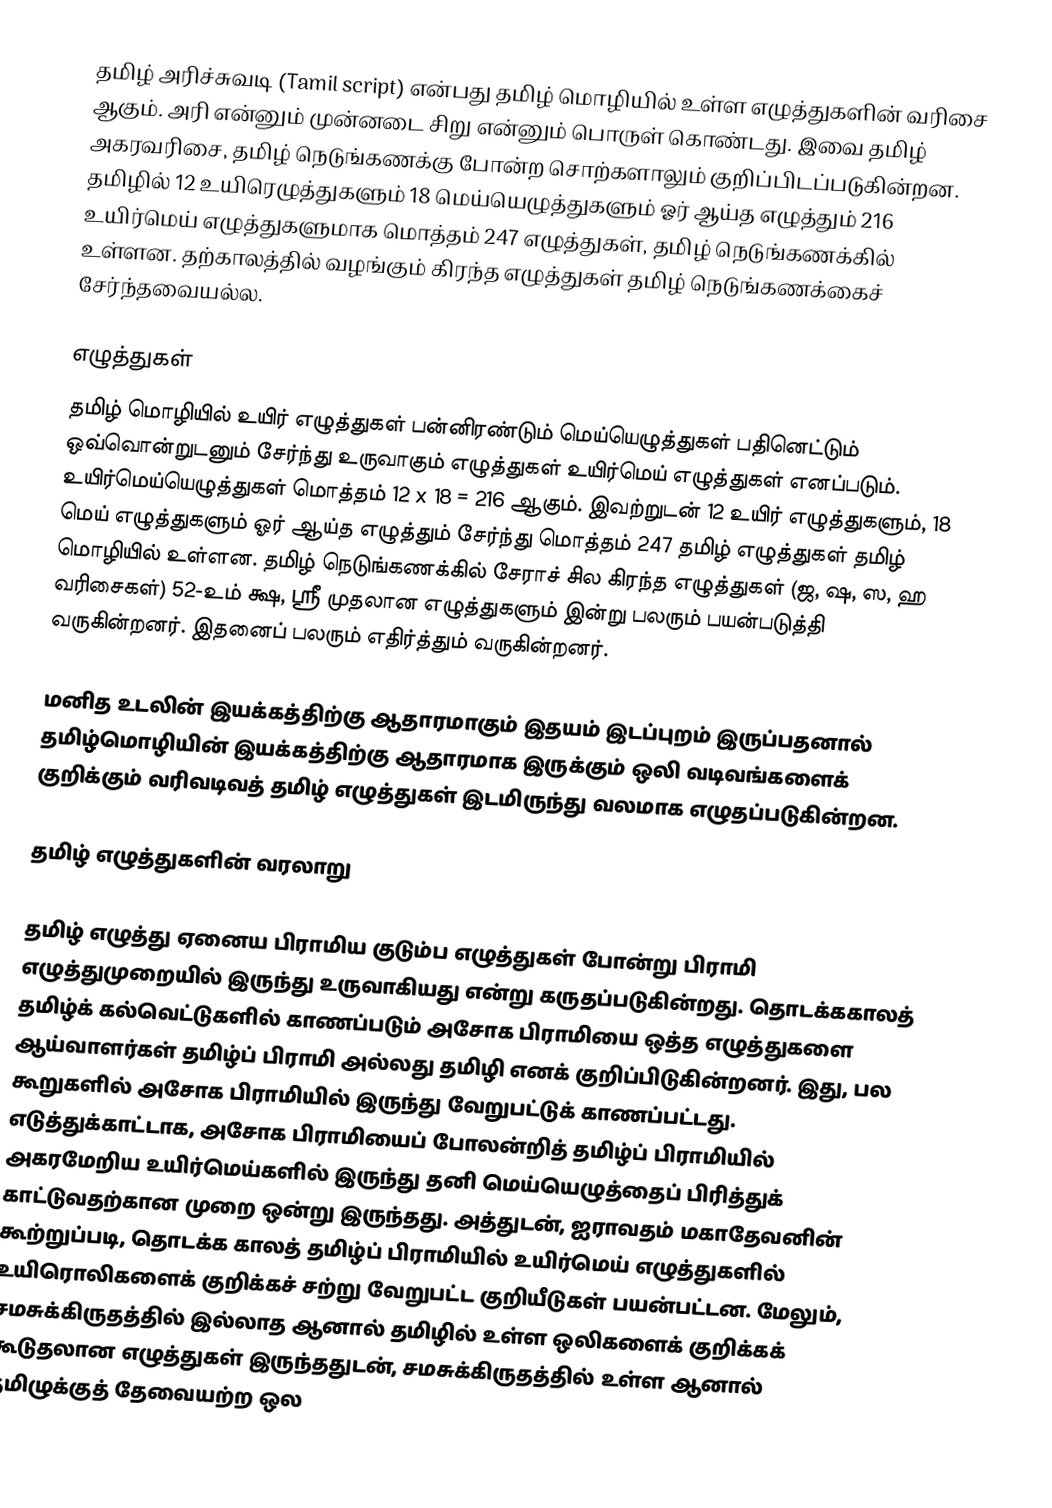
தமிழ் அரிச்சுவடி (Tamil script) என்பது தமிழ் மொழியில் உள்ள எழுத்துகளின் வரிசை ஆகும். அரி என்னும் முன்னடை சிறு என்னும் பொருள் கொண்டது. இவை தமிழ் அகரவரிசை, தமிழ் நெடுங்கணக்கு போன்ற சொற்களாலும் குறிப்பிடப்படுகின்றன. தமிழில் 12 உயிரெழுத்துகளும்  18 மெய்யெழுத்துகளும் ஓர் ஆய்த எழுத்தும் 216 உயிர்மெய் எழுத்துகளுமாக மொத்தம் 247 எழுத்துகள், தமிழ் நெடுங்கணக்கில் உள்ளன. தற்காலத்தில் வழங்கும் கிரந்த எழுத்துகள் தமிழ் நெடுங்கணக்கைச் சேர்ந்தவையல்ல.

எழுத்துகள்
தமிழ் மொழியில் உயிர் எழுத்துகள் பன்னிரண்டும் மெய்யெழுத்துகள் பதினெட்டும் ஒவ்வொன்றுடனும் சேர்ந்து உருவாகும் எழுத்துகள் உயிர்மெய் எழுத்துகள் எனப்படும். உயிர்மெய்யெழுத்துகள் மொத்தம் 12 x 18 = 216 ஆகும். இவற்றுடன் 12 உயிர் எழுத்துகளும், 18 மெய் எழுத்துகளும் ஓர் ஆய்த எழுத்தும் சேர்ந்து மொத்தம் 247 தமிழ் எழுத்துகள் தமிழ் மொழியில் உள்ளன. தமிழ் நெடுங்கணக்கில் சேராச் சில கிரந்த எழுத்துகள் (ஜ, ஷ, ஸ, ஹ வரிசைகள்) 52-உம் க்ஷ, ஸ்ரீ முதலான எழுத்துகளும் இன்று பலரும் பயன்படுத்தி வருகின்றனர். இதனைப் பலரும் எதிர்த்தும் வருகின்றனர்.

மனித உடலின் இயக்கத்திற்கு ஆதாரமாகும் இதயம் இடப்புறம் இருப்பதனால் தமிழ்மொழியின் இயக்கத்திற்கு ஆதாரமாக இருக்கும் ஒலி வடிவங்களைக் குறிக்கும் வரிவடிவத் தமிழ் எழுத்துகள் இடமிருந்து வலமாக எழுதப்படுகின்றன.

தமிழ் எழுத்துகளின் வரலாறு

தமிழ் எழுத்து ஏனைய பிராமிய குடும்ப எழுத்துகள் போன்று பிராமி எழுத்துமுறையில் இருந்து உருவாகியது என்று கருதப்படுகின்றது. தொடக்ககாலத் தமிழ்க் கல்வெட்டுகளில் காணப்படும் அசோக பிராமியை ஒத்த எழுத்துகளை ஆய்வாளர்கள் தமிழ்ப் பிராமி அல்லது தமிழி எனக் குறிப்பிடுகின்றனர். இது, பல கூறுகளில் அசோக பிராமியில் இருந்து வேறுபட்டுக் காணப்பட்டது. எடுத்துக்காட்டாக, அசோக பிராமியைப் போலன்றித் தமிழ்ப் பிராமியில் அகரமேறிய உயிர்மெய்களில் இருந்து தனி மெய்யெழுத்தைப் பிரித்துக் காட்டுவதற்கான முறை ஒன்று இருந்தது. அத்துடன், ஐராவதம் மகாதேவனின் கூற்றுப்படி, தொடக்க காலத் தமிழ்ப் பிராமியில் உயிர்மெய் எழுத்துகளில் உயிரொலிகளைக் குறிக்கச் சற்று வேறுபட்ட குறியீடுகள் பயன்பட்டன. மேலும், சமசுக்கிருதத்தில் இல்லாத ஆனால் தமிழில் உள்ள ஒலிகளைக் குறிக்கக் கூடுதலான எழுத்துகள் இருந்ததுடன், சமசுக்கிருதத்தில் உள்ள ஆனால் தமிழுக்குத் தேவையற்ற ஒல